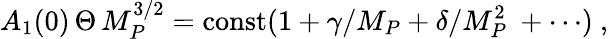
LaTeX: A_{1}(0)\, \Theta\, M_{P}^{3/2}=\mathrm{const}(1+\gamma/M_{P}+\delta/M_{P}^{2}\ +\cdots)\ ,